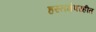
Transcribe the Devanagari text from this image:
हस्तक्षेपरहीत